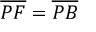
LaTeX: { \overline { { P F } } } = { \overline { { P B } } }